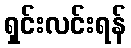
ရှင်းလင်းရန်